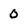
Character: 0